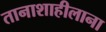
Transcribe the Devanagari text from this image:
तानाशाहीलाना